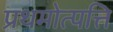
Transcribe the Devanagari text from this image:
प्रथमोत्पत्ति